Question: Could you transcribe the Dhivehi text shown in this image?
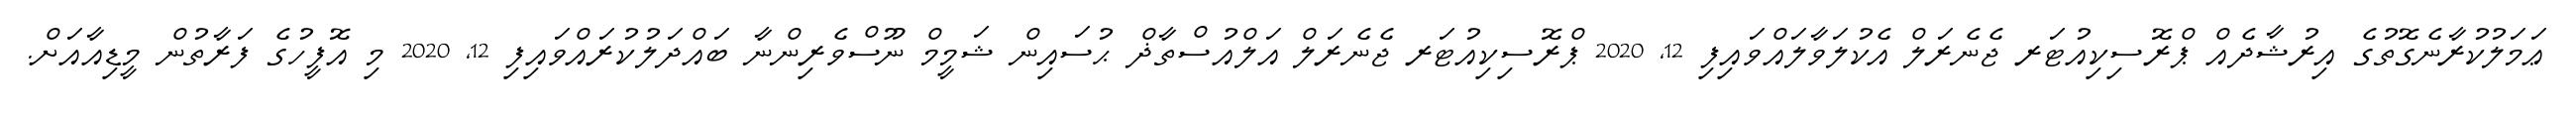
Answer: ޢަމަލުކުރާނެގޮތުގެ އިރުޝާދެއް ޕްރޮސިކިއުޓަރ ޖެނެރަލް އެކުލަވާލައްވައިފި 12, 2020 ޕްރޮސިކިއުޓަރ ޖެނެރަލް އަލްއުސްތާޛް ޙުސައިން ޝަމީމް ނޫސްވެރިންނާ ބައްދަލުކުރައްވައިފި 12, 2020 މި އޮފީހުގެ ފަރާތުން މީޑިއާއަށް.